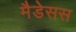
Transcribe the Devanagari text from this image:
मैडेसस